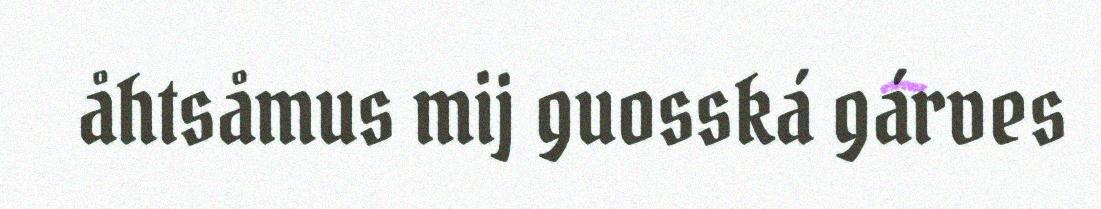
åhtsåmus mij guosská gárves